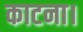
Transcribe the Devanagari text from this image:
काटना।